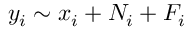
y _ { i } \sim x _ { i } + N _ { i } + F _ { i }